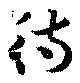
待